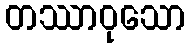
တဿာဝုသော